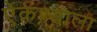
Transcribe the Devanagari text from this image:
ऐकण्याला